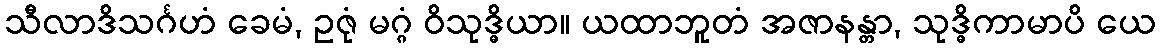
သီလာဒိသင်္ဂဟံ ခေမံ, ဥဇုံ မဂ္ဂံ ဝိသုဒ္ဓိယာ။ ယထာဘူတံ အဇာနန္တာ, သုဒ္ဓိကာမာပိ ယေ